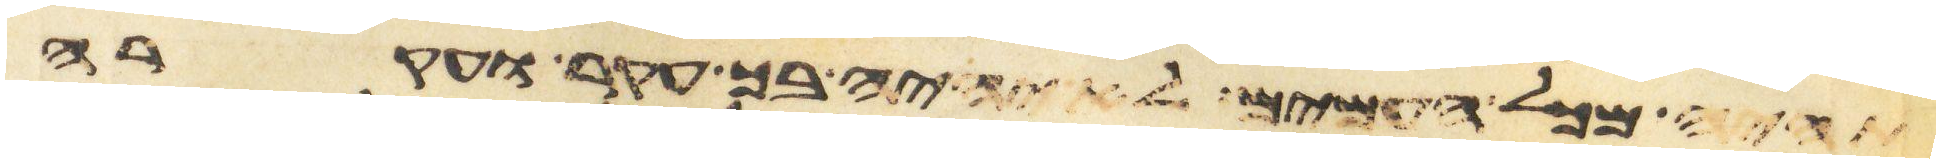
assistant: תהיה מכל העמים לא יהיה בך עקר ועקרה